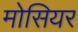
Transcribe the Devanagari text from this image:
मोसियर